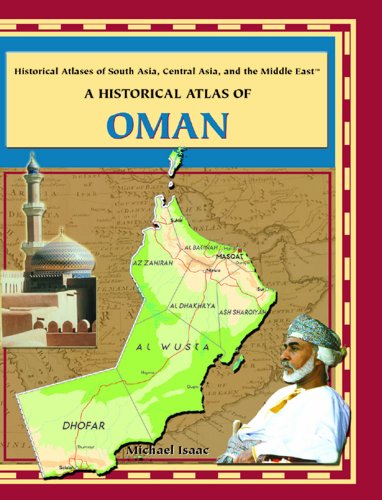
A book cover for Historical Atlas of Oman (Historical Atlases of South Asia, Central Asia and the Middle East); Michael Isaac; History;